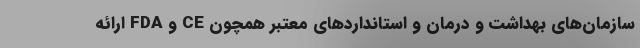
سازمان‌های بهداشت و درمان و استانداردهای معتبر همچون CE و FDA ارائه